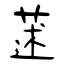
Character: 蒁